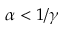
\alpha < 1 / \gamma